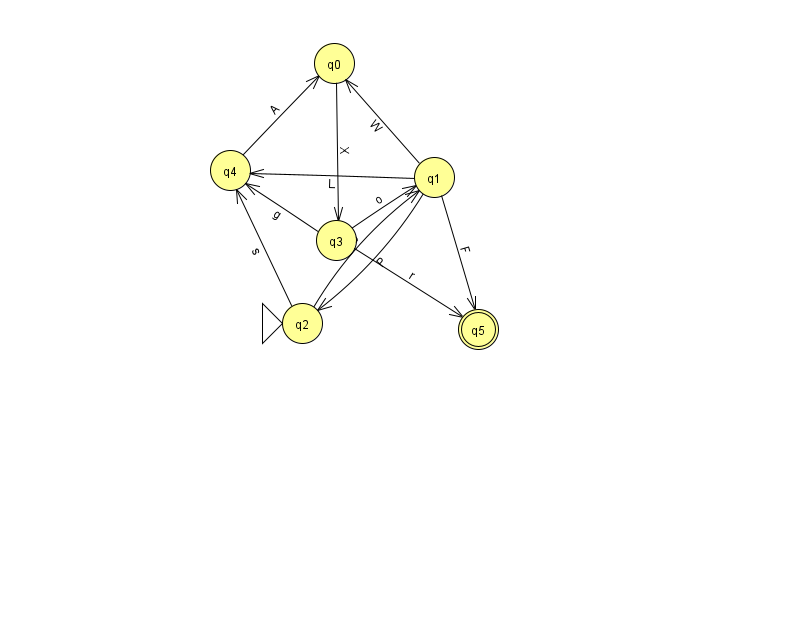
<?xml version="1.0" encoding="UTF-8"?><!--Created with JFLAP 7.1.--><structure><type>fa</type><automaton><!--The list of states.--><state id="0" name="q0"><x>334.0</x><y>50.0</y></state><state id="1" name="q1"><x>434.0</x><y>164.0</y></state><state id="2" name="q2"><x>302.0</x><y>310.0</y><initial/></state><state id="3" name="q3"><x>336.0</x><y>227.0</y></state><state id="4" name="q4"><x>230.0</x><y>157.0</y></state><state id="5" name="q5"><x>478.0</x><y>316.0</y><final/></state><!--The list of transitions.--><transition><from>4</from><to>0</to><read>A</read></transition><transition><from>1</from><to>5</to><read>F</read></transition><transition><from>0</from><to>3</to><read>X</read></transition><transition><from>3</from><to>5</to><read>r</read></transition><transition><from>2</from><to>4</to><read>s</read></transition><transition><from>1</from><to>4</to><read>L</read></transition><transition><from>2</from><to>1</to><read>b</read></transition><transition><from>1</from><to>0</to><read>W</read></transition><transition><from>3</from><to>4</to><read>g</read></transition><transition><from>1</from><to>2</to><read>P</read></transition><transition><from>3</from><to>1</to><read>o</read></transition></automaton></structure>